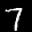
Label: 7